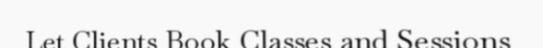
Let Clients Book Classes and Sessions